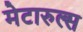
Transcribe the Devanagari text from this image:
मेटारुल्स